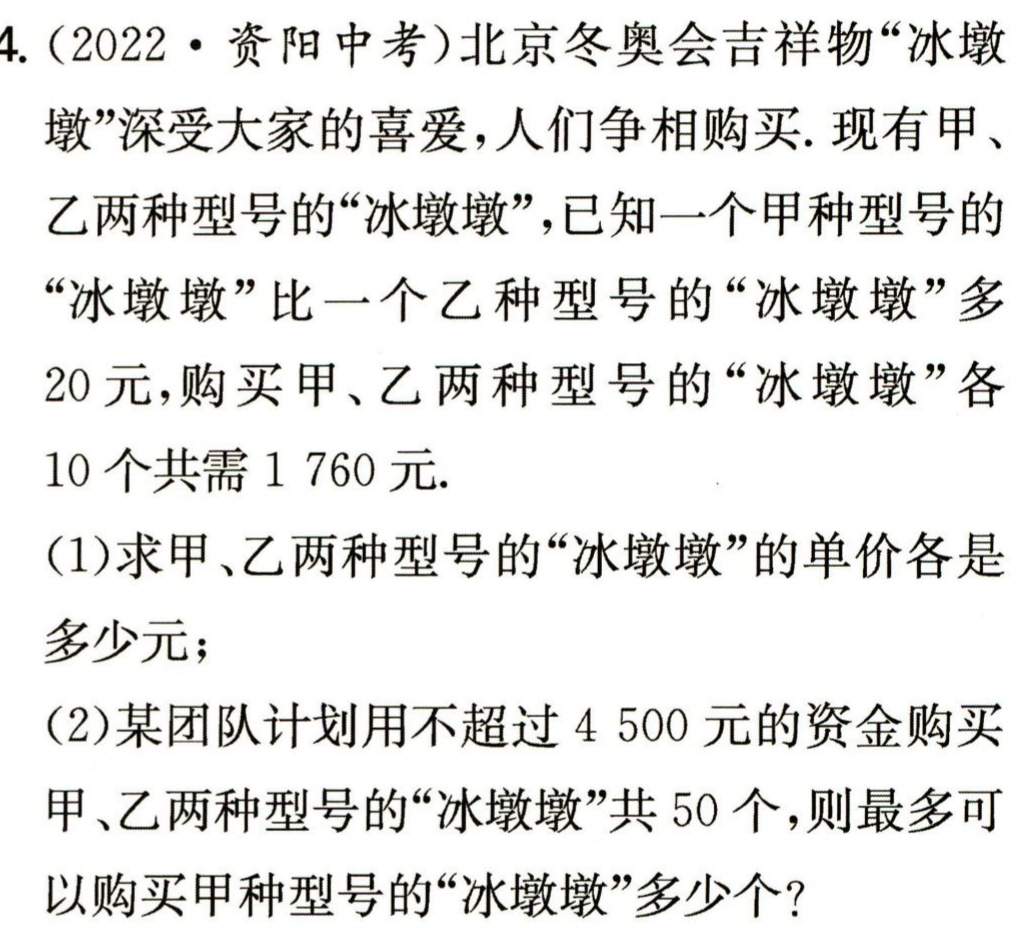
4.（2022·资阳中考）北京冬奥会吉祥物“冰墩墩”深受大家的喜爱，人们争相购买. 现有甲、乙两种型号的“冰墩墩”，已知一个甲种型号的“冰墩墩”比一个乙种型号的“冰墩墩”多20元，购买甲、乙两种型号的“冰墩墩”各10个共需1 760元.

(1)求甲、乙两种型号的“冰墩墩”的单价各是多少元；

(2)某团队计划用不超过4 500元的资金购买甲、乙两种型号的“冰墩墩”共50个，则最多可以购买甲种型号的“冰墩墩”多少个？